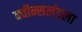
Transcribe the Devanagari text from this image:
क्वीन्सलंडला